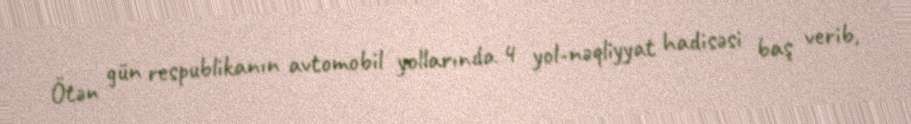
Ötən gün respublikanın avtomobil yollarında 4 yol-nəqliyyat hadisəsi baş verib,